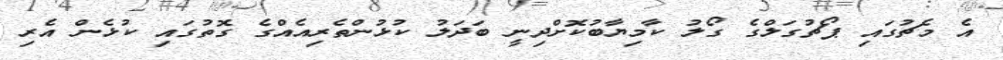
އެ މެޗުގައި ޕޯޗުގަލްގެ ގޯލު ކާމިޔާބުކޮށްދިނީ ބަދަލު ކުޅުންތެރިއެއްގެ ގޮތުގައި ކުޅެން އެރި